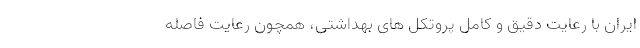
ایران با رعایت دقیق و کامل پروتکل های بهداشتی، همچون رعایت فاصله